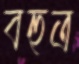
বহুত্র